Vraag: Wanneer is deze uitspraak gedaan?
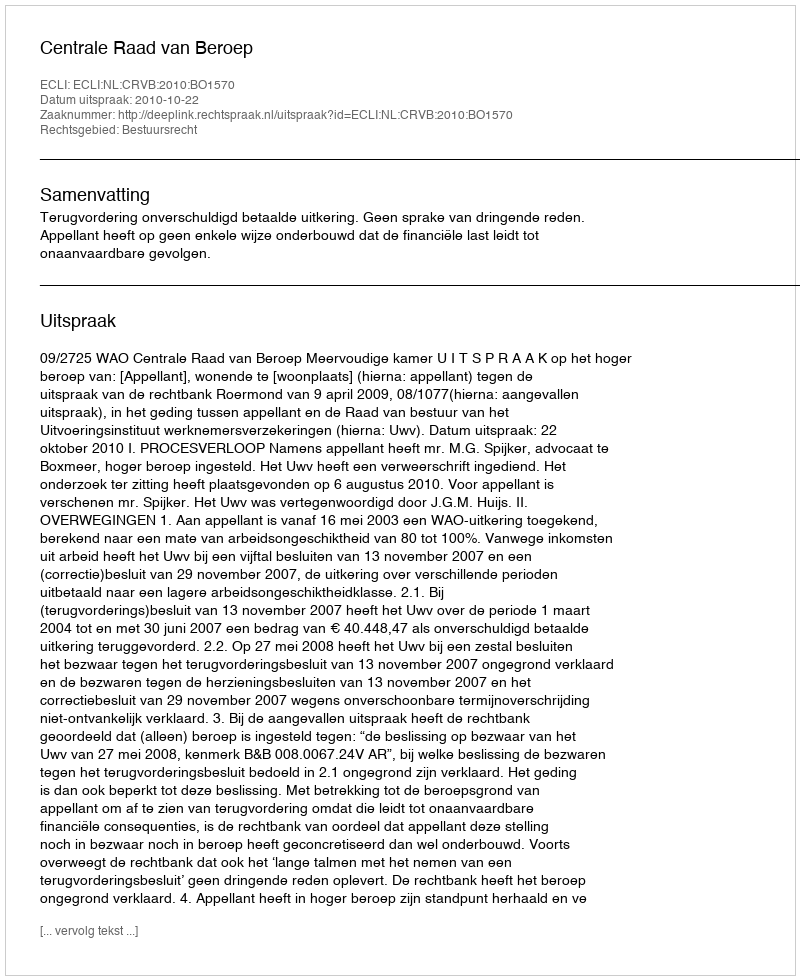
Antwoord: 2010-10-22